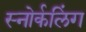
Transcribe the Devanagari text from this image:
स्‍नोर्कलिंग